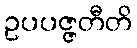
ဥပပဇ္ဇတီတိ